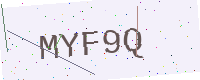
Text: MYF9Q